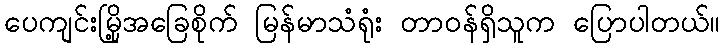
ပေကျင်းမြို့အခြေစိုက် မြန်မာသံရုံး တာဝန်ရှိသူက ပြောပါတယ်။